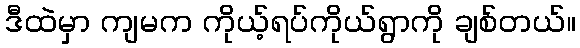
ဒီထဲမှာ ကျမက ကိုယ့်ရပ်ကိုယ်ရွာကို ချစ်တယ်။